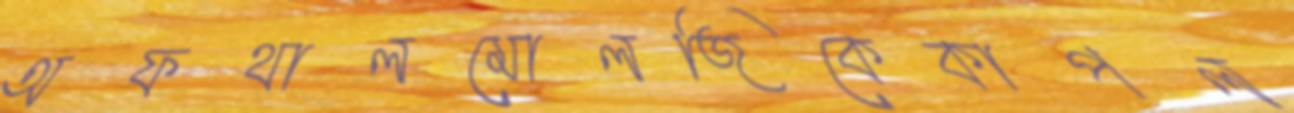
অফথালমোলজিকেকাপল